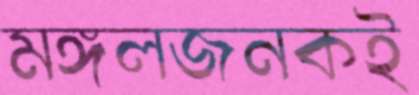
মঙ্গলজনকই